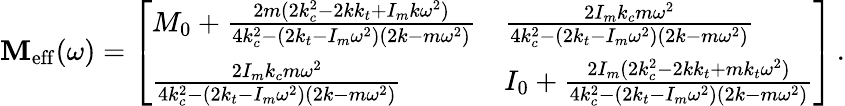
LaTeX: \mathbf{M}_{\mathrm{eff}}(\omega)=\left[\begin{array}{ll}{M_{0}+\frac{2m(2k_{c}^{2}-2kk_{t}+I_{m}k\omega^{2})}{4k_{c}^{2}-(2k_{t}-I_{m}\omega^{2})(2k-m\omega^{2})}}&{\frac{2I_{m}k_{c}m\omega^{2}}{4k_{c}^{2}-(2k_{t}-I_{m}\omega^{2})(2k-m\omega^{2})}}\\ {\frac{2I_{m}k_{c}m\omega^{2}}{4k_{c}^{2}-(2k_{t}-I_{m}\omega^{2})(2k-m\omega^{2})}}&{I_{0}+\frac{2I_{m}(2k_{c}^{2}-2kk_{t}+mk_{t}\omega^{2})}{4k_{c}^{2}-(2k_{t}-I_{m}\omega^{2})(2k-m\omega^{2})}}\end{array}\right]\, .